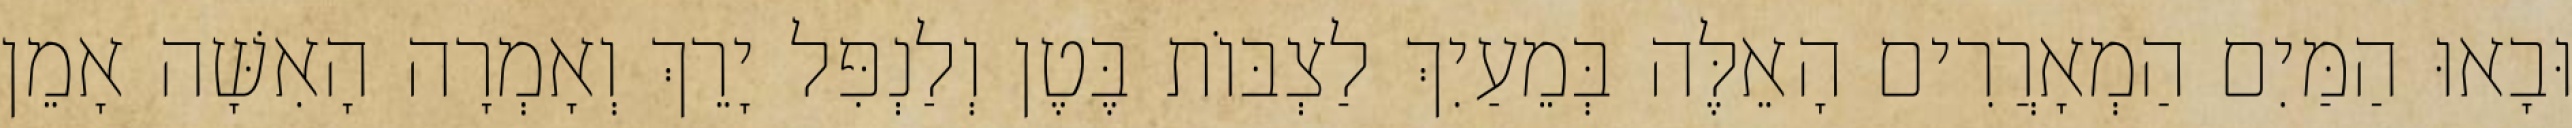
וּבָאוּ הַמַּיִם הַמְאָרֲרִים הָאֵלֶּה בְּמֵעַיִךְ לַצְבּוֹת בֶּטֶן וְלַנְפִּל יָרֵךְ וְאָמְרָה הָאִשָּׁה אָמֵן